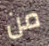
من